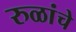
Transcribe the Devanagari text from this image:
रुळांचे